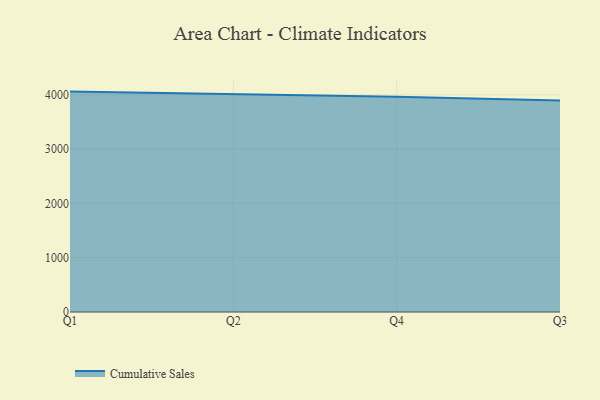
{"axis": {"x": "Quarter", "y": "Budget (USD K)"}, "legend": ["Cumulative Sales"], "data": [{"x": "Q1", "y": 4057.9, "type": "Cumulative Sales"}, {"x": "Q2", "y": 4005.7, "type": "Cumulative Sales"}, {"x": "Q4", "y": 3963.4, "type": "Cumulative Sales"}, {"x": "Q3", "y": 3896.1, "type": "Cumulative Sales"}]}